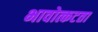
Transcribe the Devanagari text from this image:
भावोत्कटता